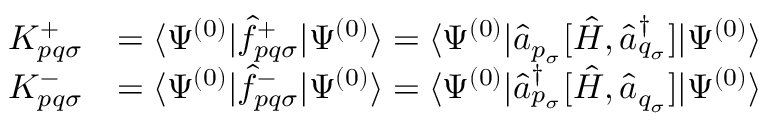
\begin{array} { r l } { K _ { p q \sigma } ^ { + } } & { = \langle \Psi ^ { ( 0 ) } | \hat { f } _ { p q \sigma } ^ { + } | \Psi ^ { ( 0 ) } \rangle = \langle \Psi ^ { ( 0 ) } | \hat { a } _ { p _ { \sigma } } [ \hat { H } , \hat { a } _ { q _ { \sigma } } ^ { \dagger } ] | \Psi ^ { ( 0 ) } \rangle } \\ { K _ { p q \sigma } ^ { - } } & { = \langle \Psi ^ { ( 0 ) } | \hat { f } _ { p q \sigma } ^ { - } | \Psi ^ { ( 0 ) } \rangle = \langle \Psi ^ { ( 0 ) } | \hat { a } _ { p _ { \sigma } } ^ { \dagger } [ \hat { H } , \hat { a } _ { q _ { \sigma } } ] | \Psi ^ { ( 0 ) } \rangle } \end{array}